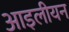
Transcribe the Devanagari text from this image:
आइलीयन